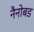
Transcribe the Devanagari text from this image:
नैनोबड